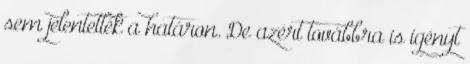
sem jelentették a határon. De azért továbbra is igényt